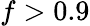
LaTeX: f>0.9